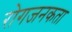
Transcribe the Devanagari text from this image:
रोगजनकता